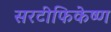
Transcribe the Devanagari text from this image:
सरटीफिकेष्ण